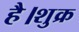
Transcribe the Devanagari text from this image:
है।शुक्र